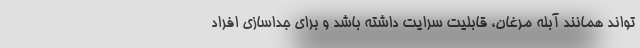
تواند همانند آبله مرغان، قابلیت سرایت داشته باشد و برای جداسازی افراد